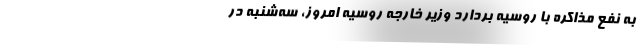
به نفع مذاکره با روسیه بردارد وزیر خارجه روسیه امروز، سه‌شنبه در